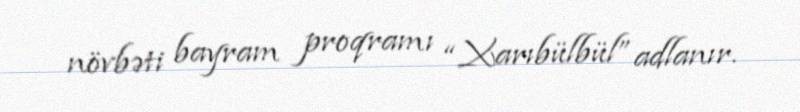
növbəti bayram proqramı “Xarıbülbül” adlanır.